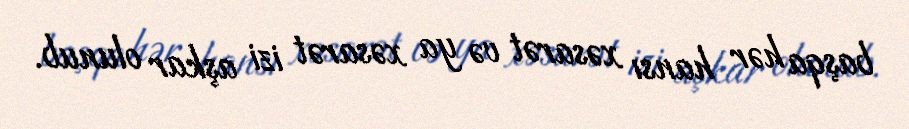
başqa hər hansı xəsarət və ya xəsarət izi aşkar olunub.